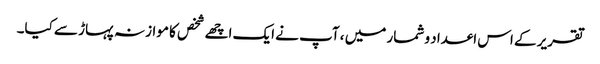
تقریر کے اس اعداد و شمار میں ، آپ نے ایک اچھے شخص کا موازنہ پہاڑ سے کیا۔